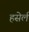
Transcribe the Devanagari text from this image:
हसेर्ल